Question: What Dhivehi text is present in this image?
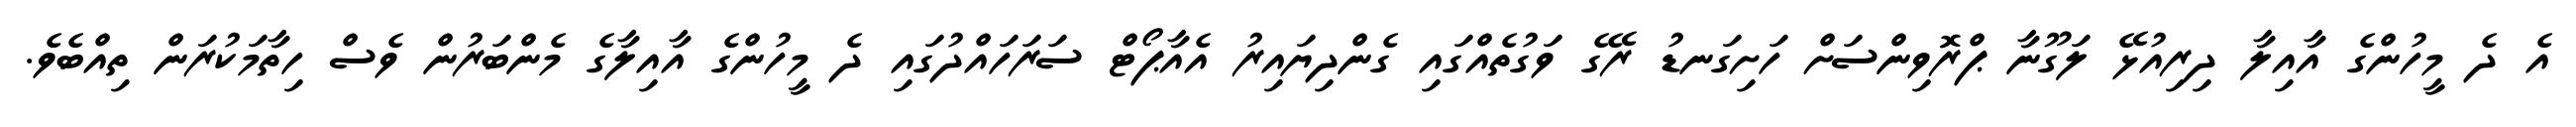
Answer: އެ ދެ މީހުންގެ އާއިލާ ދިރިއުޅޭ ލަގޫނާ ޕްރޮވިންސަށް ހަށިގަނޑު ރޭގެ ވަގުތެއްގައި ގެންދިޔައިރު އެއާޕޯޓް ސަރަހައްދުގައި ދެ މީހުންގެ އާއިލާގެ މެންބަރުން ވެސް ހިތާމަކުރަން ތިއްބެވެ.